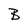
Character: B